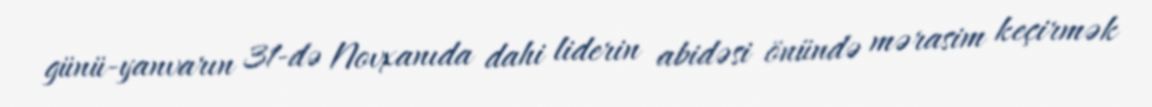
günü-yanvarın 31-də Novxanıda dahi liderin abidəsi önündə mərasim keçirmək